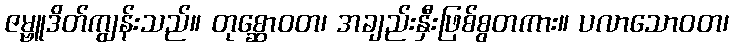
ဇမ္ဗူဒိတ်ကျွန်းသည်။ တုစ္ဆောဝတ၊ အချည်းနှီးဖြစ်စွတကား။ ပလာသောဝတ၊